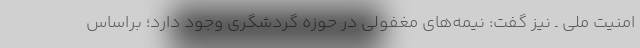
امنیت ملی ـ نیز گفت: نیمه‌های مغفولی در حوزه گردشگری وجود دارد؛ براساس